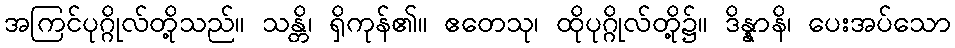
အကြင်ပုဂ္ဂိုလ်တို့သည်။ သန္တိ၊ ရှိကုန်၏။ ဧတေသု၊ ထိုပုဂ္ဂိုလ်တို့၌။ ဒိန္နာနိ၊ ပေးအပ်သော